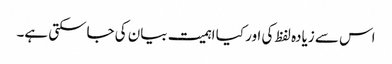
اس سے زیادہ لفظ کی اور کیا اہمیت بیان کی جاسکتی ہے۔